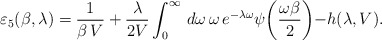
\begin{align*}\varepsilon_{5}(\beta,\lambda)=\frac{1}{\beta\,V} + \frac{\lambda}{2 V}\int_{0}^{\infty}\,d\omega\,\omega\,e^{-\lambda\omega}\psi\biggl(\frac{\omega\beta}{2}\biggl)-h(\lambda,V).\end{align*}